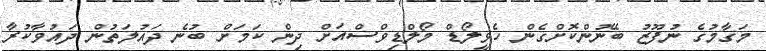
މަގާމުގެ ނުފޫޒު ބޭނުންކޮށްގެން ހެވީލޯޑް މޯލްޑިވްސްއަށް ދިން ކަމަށް ބުނެ ދައުލަތުން ދައުވާކުރާ